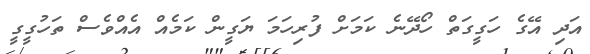
އަދި އޭގެ ހަގީގަތް ހޯދޭނެ ކަމަށް ފުރިހަމަ ޔަގީން ކަމެއް އެއްވެސް ތަހުގީގީ